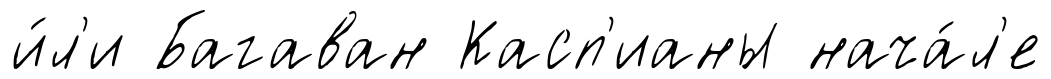
и́л'и Багаван Касп'ианы нача́л'е